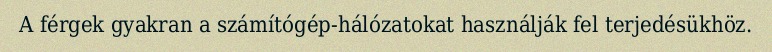
A férgek gyakran a számítógép-hálózatokat használják fel terjedésükhöz.